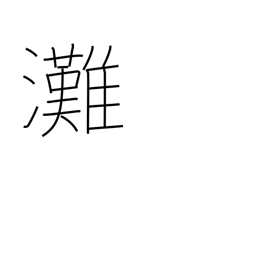
Meaning: open sea